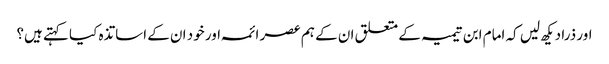
اور ذرا دیکھ لیں کہ امام ابن تیمیہ کے متعلق ان کے ہم عصر ائمہ اور خود ان کے اساتذہ کیا کہتے ہیں؟